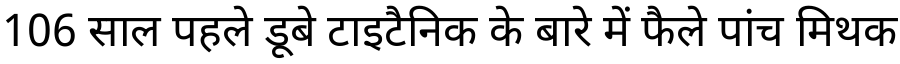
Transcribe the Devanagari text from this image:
106 साल पहले डूबे टाइटैनिक के बारे में फैले पांच मिथक